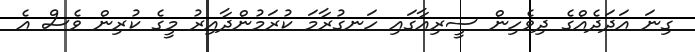
ގިނަ އަދަދެއްގެ ދިވެހިން ސީރިއާގައި ހަނގުރާމަ ކުރަމުންދާއިރު މީގެ ކުރިން ވެސް އެ